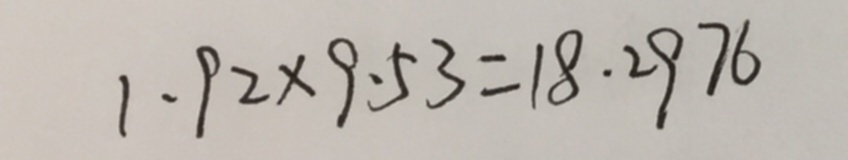
1 . 9 2 \times 9 . 5 3 = 1 8 . 2 9 7 6